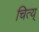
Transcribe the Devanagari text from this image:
चित्य्